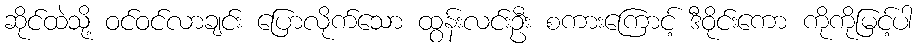
ဆိုင်ထဲသို့ ဝင်ဝင်လာချင်း ပြောလိုက်သော ထွန်းလင်းဦး စကားကြောင့် ဒီဝိုင်းကော ကိုကိုမြင့်ပါ